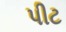
પીટ